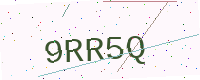
Text: 9RR5Q